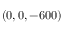
( 0 , 0 , - 6 0 0 )